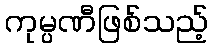
ကုမ္ပဏီဖြစ်သည့်